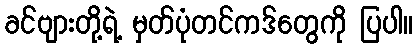
ခင်ဗျားတို့ရဲ့ မှတ်ပုံတင်ကဒ်တွေကို ပြပါ။